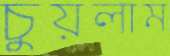
চুয়লাম